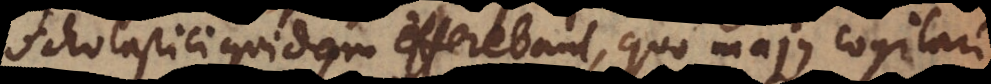
Scholastici quidam efferebant, quo majus cogitari